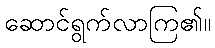
ဆောင်ရွက်လာကြ၏။